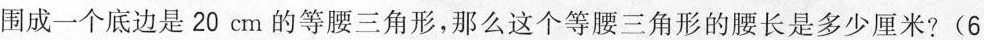
围成一个底边是20cm的等腰三角形，那么这个等腰三角形的腰长是多少厘米?（6